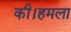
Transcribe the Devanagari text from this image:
की।हमला